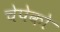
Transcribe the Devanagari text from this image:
चेपेको